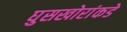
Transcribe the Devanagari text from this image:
घुसखोरांकडे